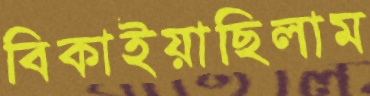
বিকাইয়াছিলাম